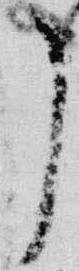
了